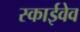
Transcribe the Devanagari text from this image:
स्काईवेव